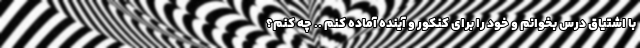
با اشتیاق درس بخوانم و خود را برای کنکور و آینده آماده کنم .. چه کنم؟